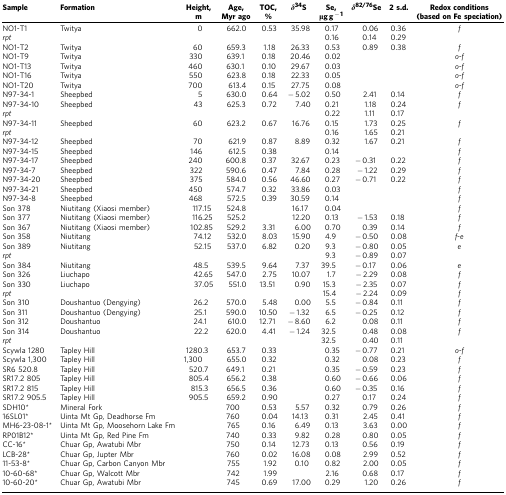
<table><thead><tr><td><b>Sample</b></td><td><b>Formation</b></td><td><b>Height,m</b></td><td><b>Age,Myr ago</b></td><td><b>TOC,%</b></td><td><b><i>δ</i><sup>34</sup>S</b></td><td><b>Se,μg g<sup>−1</sup></b></td><td><b><i>δ</i><sup>82/76</sup>Se</b></td><td><b>2 s.d.</b></td><td><b>Redox conditions(based on Fe speciation)</b></td></tr></thead><tbody><tr><td>NO1-T1</td><td>Twitya</td><td>0</td><td>662.0</td><td>0.53</td><td>35.98</td><td>0.17</td><td>0.06</td><td>0.36</td><td><i>f</i></td></tr><tr><td><i>rpt</i></td><td> </td><td> </td><td> </td><td> </td><td> </td><td>0.16</td><td>0.14</td><td>0.29</td><td> </td></tr><tr><td>NO1-T2</td><td>Twitya</td><td>60</td><td>659.3</td><td>1.18</td><td>26.33</td><td>0.53</td><td>0.89</td><td>0.38</td><td><i>f</i></td></tr><tr><td>NO1-T9</td><td>Twitya</td><td>330</td><td>639.1</td><td>0.18</td><td>20.46</td><td>0.02</td><td> </td><td> </td><td><i>o-f</i></td></tr><tr><td>NO1-T13</td><td>Twitya</td><td>460</td><td>630.1</td><td>0.10</td><td>29.67</td><td>0.03</td><td> </td><td> </td><td><i>o-f</i></td></tr><tr><td>NO1-T16</td><td>Twitya</td><td>550</td><td>623.8</td><td>0.18</td><td>22.33</td><td>0.05</td><td> </td><td> </td><td><i>o-f</i></td></tr><tr><td>NO1-T20</td><td>Twitya</td><td>700</td><td>613.4</td><td>0.15</td><td>27.75</td><td>0.08</td><td> </td><td> </td><td><i>o-f</i></td></tr><tr><td>N97-34-1</td><td>Sheepbed</td><td>5</td><td>630.0</td><td>0.64</td><td>−5.02</td><td>0.50</td><td>2.41</td><td>0.14</td><td><i>f</i></td></tr><tr><td>N97-34-10</td><td>Sheepbed</td><td>43</td><td>625.3</td><td>0.72</td><td>7.40</td><td>0.21</td><td>1.18</td><td>0.24</td><td><i>f</i></td></tr><tr><td><i>rpt</i></td><td> </td><td> </td><td> </td><td> </td><td> </td><td>0.22</td><td>1.11</td><td>0.17</td><td> </td></tr><tr><td>N97-34-11</td><td>Sheepbed</td><td>60</td><td>623.2</td><td>0.67</td><td>16.76</td><td>0.15</td><td>1.73</td><td>0.25</td><td><i>f</i></td></tr><tr><td><i>rpt</i></td><td> </td><td> </td><td> </td><td> </td><td> </td><td>0.16</td><td>1.65</td><td>0.21</td><td> </td></tr><tr><td>N97-34-12</td><td>Sheepbed</td><td>70</td><td>621.9</td><td>0.87</td><td>8.89</td><td>0.32</td><td>1.67</td><td>0.21</td><td><i>f</i></td></tr><tr><td>N97-34-15</td><td>Sheepbed</td><td>146</td><td>612.5</td><td>0.38</td><td> </td><td>0.14</td><td> </td><td> </td><td><i>f</i></td></tr><tr><td>N97-34-17</td><td>Sheepbed</td><td>240</td><td>600.8</td><td>0.37</td><td>32.67</td><td>0.23</td><td>−0.31</td><td>0.22</td><td><i>f</i></td></tr><tr><td>N97-34-7</td><td>Sheepbed</td><td>322</td><td>590.6</td><td>0.47</td><td>7.84</td><td>0.28</td><td>−1.22</td><td>0.29</td><td><i>f</i></td></tr><tr><td>N97-34-20</td><td>Sheepbed</td><td>375</td><td>584.0</td><td>0.56</td><td>46.60</td><td>0.27</td><td>−0.71</td><td>0.22</td><td><i>f</i></td></tr><tr><td>N97-34-21</td><td>Sheepbed</td><td>450</td><td>574.7</td><td>0.32</td><td>33.86</td><td>0.03</td><td> </td><td> </td><td><i>f</i></td></tr><tr><td>N97-34-8</td><td>Sheepbed</td><td>468</td><td>572.5</td><td>0.39</td><td>30.59</td><td>0.14</td><td> </td><td> </td><td><i>f</i></td></tr><tr><td>Son 378</td><td>Niutitang (Xiaosi member)</td><td>117.15</td><td>524.8</td><td> </td><td>16.17</td><td>0.04</td><td> </td><td> </td><td><i>f</i></td></tr><tr><td>Son 377</td><td>Niutitang (Xiaosi member)</td><td>116.25</td><td>525.2</td><td> </td><td>12.20</td><td>0.13</td><td>−1.53</td><td>0.18</td><td><i>f</i></td></tr><tr><td>Son 367</td><td>Niutitang (Xiaosi member)</td><td>102.85</td><td>529.2</td><td>3.31</td><td>6.00</td><td>0.70</td><td>0.39</td><td>0.14</td><td><i>f</i></td></tr><tr><td>Son 358</td><td>Niutitang</td><td>74.12</td><td>532.0</td><td>8.03</td><td>15.90</td><td>4.9</td><td>−0.50</td><td>0.08</td><td><i>f-e</i></td></tr><tr><td>Son 389</td><td>Niutitang</td><td>52.15</td><td>537.0</td><td>6.82</td><td>0.20</td><td>9.3</td><td>−0.80</td><td>0.05</td><td><i>e</i></td></tr><tr><td><i>rpt</i></td><td> </td><td> </td><td> </td><td> </td><td> </td><td>9.3</td><td>−0.89</td><td>0.07</td><td> </td></tr><tr><td>Son 384</td><td>Niutitang</td><td>48.5</td><td>539.5</td><td>9.64</td><td>7.37</td><td>39.5</td><td>−0.17</td><td>0.06</td><td><i>e</i></td></tr><tr><td>Son 326</td><td>Liuchapo</td><td>42.65</td><td>547.0</td><td>2.75</td><td>10.07</td><td>1.7</td><td>−2.29</td><td>0.08</td><td><i>f</i></td></tr><tr><td>Son 330</td><td>Liuchapo</td><td>37.05</td><td>551.0</td><td>13.51</td><td>0.90</td><td>15.3</td><td>−2.35</td><td>0.07</td><td><i>f</i></td></tr><tr><td><i>rpt</i></td><td> </td><td> </td><td> </td><td> </td><td> </td><td>15.4</td><td>−2.24</td><td>0.09</td><td><i>f</i></td></tr><tr><td>Son 310</td><td>Doushantuo (Dengying)</td><td>26.2</td><td>570.0</td><td>5.48</td><td>0.00</td><td>5.5</td><td>−0.84</td><td>0.11</td><td><i>f</i></td></tr><tr><td>Son 311</td><td>Doushantuo (Dengying)</td><td>25.1</td><td>590.0</td><td>10.50</td><td>−1.32</td><td>6.5</td><td>−0.25</td><td>0.12</td><td><i>f</i></td></tr><tr><td>Son 312</td><td>Doushantuo</td><td>24.1</td><td>610.0</td><td>12.71</td><td>−8.60</td><td>6.2</td><td>0.08</td><td>0.11</td><td><i>f</i></td></tr><tr><td>Son 314</td><td>Doushantuo</td><td>22.2</td><td>620.0</td><td>4.41</td><td>−1.24</td><td>32.5</td><td>0.48</td><td>0.08</td><td><i>f</i></td></tr><tr><td><i>rpt</i></td><td> </td><td> </td><td> </td><td> </td><td> </td><td>32.5</td><td>0.40</td><td>0.11</td><td> </td></tr><tr><td>Scywla 1280</td><td>Tapley Hill</td><td>1280.3</td><td>653.7</td><td>0.33</td><td> </td><td>0.35</td><td>−0.77</td><td>0.21</td><td><i>o-f</i></td></tr><tr><td>Scywla 1,300</td><td>Tapley Hill</td><td>1,300</td><td>655.0</td><td>0.32</td><td> </td><td>0.32</td><td>0.08</td><td>0.23</td><td><i>f</i></td></tr><tr><td>SR6 520.8</td><td>Tapley Hill</td><td>520.7</td><td>649.1</td><td>0.21</td><td> </td><td>0.35</td><td>−0.59</td><td>0.23</td><td><i>f</i></td></tr><tr><td>SR17.2 805</td><td>Tapley Hill</td><td>805.4</td><td>656.2</td><td>0.38</td><td> </td><td>0.60</td><td>−0.66</td><td>0.06</td><td><i>f</i></td></tr><tr><td>SR17.2 815</td><td>Tapley Hill</td><td>815.3</td><td>656.5</td><td>0.36</td><td> </td><td>0.60</td><td>−0.35</td><td>0.16</td><td><i>f</i></td></tr><tr><td>SR17.2 905.5</td><td>Tapley Hill</td><td>905.5</td><td>659.2</td><td>0.90</td><td> </td><td>0.27</td><td>0.17</td><td>0.24</td><td><i>f</i></td></tr><tr><td>SDH10*</td><td>Mineral Fork</td><td> </td><td>700</td><td>0.53</td><td>5.57</td><td>0.32</td><td>0.79</td><td>0.26</td><td><i>f</i></td></tr><tr><td>16SL01*</td><td>Uinta Mt Gp, Deadhorse Fm</td><td> </td><td>760</td><td>0.04</td><td>14.13</td><td>0.31</td><td>2.45</td><td>0.41</td><td><i>f</i></td></tr><tr><td>MH6-23-08-1*</td><td>Uinta Mt Gp, Moosehorn Lake Fm</td><td> </td><td>765</td><td>0.16</td><td>6.49</td><td>0.13</td><td>3.63</td><td>0.00</td><td><i>f</i></td></tr><tr><td>RP01B12*</td><td>Uinta Mt Gp, Red Pine Fm</td><td> </td><td>740</td><td>0.33</td><td>9.82</td><td>0.28</td><td>0.80</td><td>0.05</td><td><i>f</i></td></tr><tr><td>CC-16*</td><td>Chuar Gp, Awatubi Mbr</td><td> </td><td>750</td><td>0.14</td><td>12.73</td><td>0.13</td><td>0.56</td><td>0.19</td><td><i>f</i></td></tr><tr><td>LCB-28*</td><td>Chuar Gp, Jupter Mbr</td><td> </td><td>760</td><td>0.02</td><td>16.08</td><td>0.08</td><td>2.99</td><td>0.52</td><td><i>f</i></td></tr><tr><td>11-53-8*</td><td>Chuar Gp, Carbon Canyon Mbr</td><td> </td><td>755</td><td>1.92</td><td>0.10</td><td>0.82</td><td>2.00</td><td>0.05</td><td><i>f</i></td></tr><tr><td>10-60-68*</td><td>Chuar Gp, Walcott Mbr</td><td> </td><td>742</td><td>1.99</td><td> </td><td>2.16</td><td>0.68</td><td>0.17</td><td><i>f</i></td></tr><tr><td>10-60-20*</td><td>Chuar Gp, Awatubi Mbr</td><td> </td><td>745</td><td>0.69</td><td>17.00</td><td>0.29</td><td>1.20</td><td>0.26</td><td><i>f</i></td></tr></tbody></table>